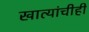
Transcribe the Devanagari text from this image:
खात्यांचीही